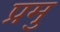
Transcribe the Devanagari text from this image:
प्रमु